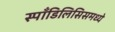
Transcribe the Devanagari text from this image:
स्पाँडिलिसिसमध्ये